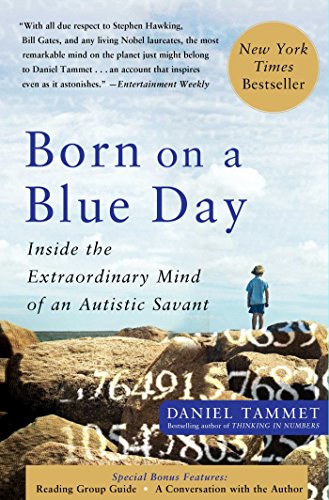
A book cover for Born On A Blue Day: Inside the Extraordinary Mind of an Autistic Savant; Daniel Tammet; Medical Books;